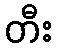
တီး